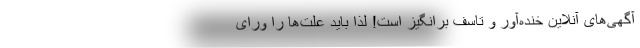
آگهی‌های آنلاین خنده‌آور و تاسف برانگیز است! لذا باید علت‌ها را ورای